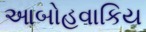
આબોહવાકિય